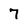
Character: 7